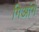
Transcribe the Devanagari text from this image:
गिआंग